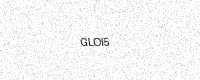
Text: GLOI5